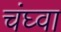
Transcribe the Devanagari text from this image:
चंघ्वा